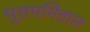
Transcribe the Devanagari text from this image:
मुत्तममित्ताल